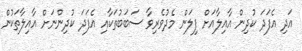
އަދި އެފަދަ ކުދިން އާއިލާއަށް ފިލަން މެދުވެރިވާ ސަބަބުތަކާއި އެފަދަ ކުދިންނަށް އާއިލާތަކުން